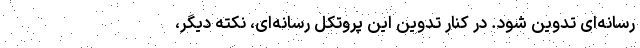
رسانه‌ای تدوین شود. در کنار تدوین این پروتکل رسانه‌ای، نکته دیگر،